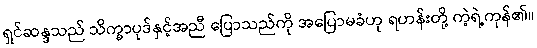
ရှင်ဆန္ဒသည် သိက္ခာပုဒ်နှင့်အညီ ပြောသည်ကို အပြောမခံဟု ရဟန်းတို့ ကဲ့ရဲ့ကုန်၏။